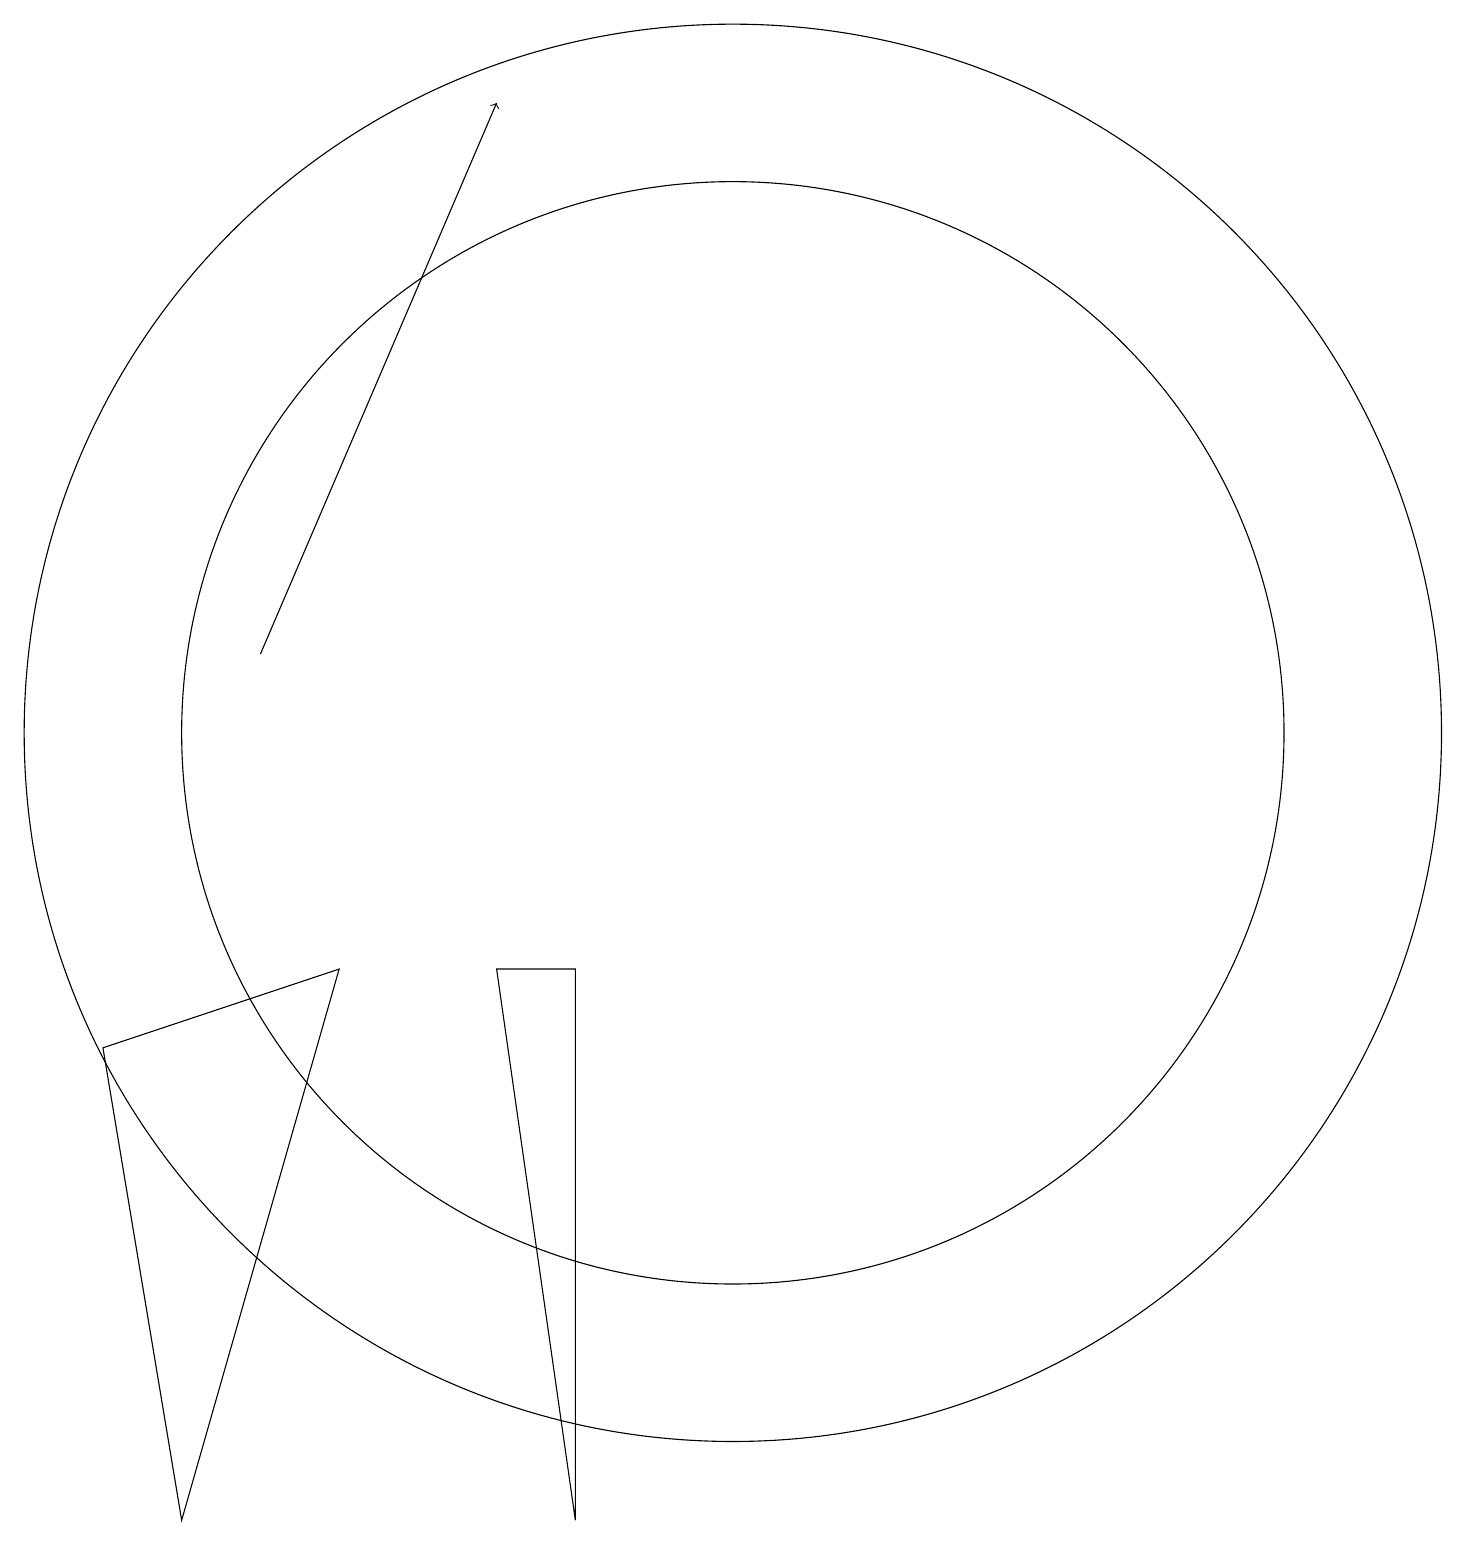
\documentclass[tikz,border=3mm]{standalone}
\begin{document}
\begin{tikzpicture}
\draw (11,11) circle (9);
\draw (11,11) circle (7);
\draw[->] (5,12) -- (8,19);
\draw (4,1) -- (3,7) -- (6,8) -- cycle;
\draw (9,8) -- (8,8) -- (9,1) -- cycle;
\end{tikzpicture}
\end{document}